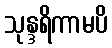
သုန္ဒရိကာမပိ